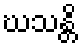
ဃသန္တိ